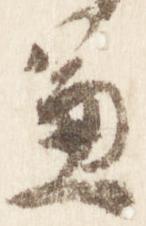
兼